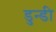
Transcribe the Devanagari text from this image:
डुन्डी